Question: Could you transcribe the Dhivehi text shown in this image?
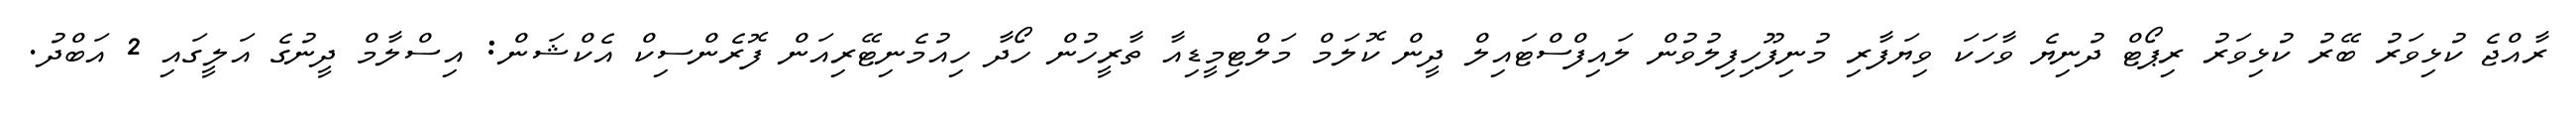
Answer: ރާއްޖެ ކުޅިވަރު ބޭރު ކުޅިވަރު ރިޕޯޓް ދުނިޔެ ވާހަކަ ވިޔަފާރި މުނިފޫހިފިލުވުން ލައިފްސްޓައިލް ދީން ކޮލަމް މަލްޓިމީޑިއާ ތާރީހުން ހޯދާ ހިއުމެނިޓޭރިއަން ފޮރެންސިކް އެކްޝަން: އިސްލާމް ދީނުގެ އަލީގައި 2 އަބްދު.